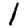
Digit: 1